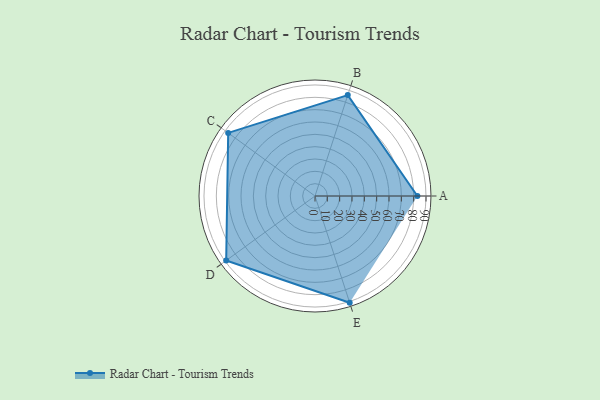
{"axis": {"x": "Skill", "y": "Score"}, "legend": ["Profile"], "data": [{"x": "A", "y": 83.0, "type": "Profile"}, {"x": "B", "y": 86.0, "type": "Profile"}, {"x": "C", "y": 87.0, "type": "Profile"}, {"x": "D", "y": 89.0, "type": "Profile"}, {"x": "E", "y": 91.0, "type": "Profile"}]}